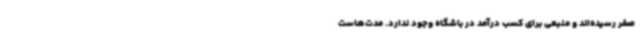
صفر رسیده‌اند و منبعی برای کسب درآمد در باشگاه وجود ندارد. مدت‌هاست